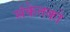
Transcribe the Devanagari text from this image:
संकेतको